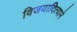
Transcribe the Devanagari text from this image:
विजयादित्याने